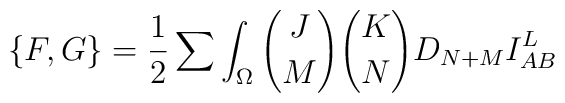
\{ F,G \} ={1 \over 2}\sum\int_{\Omega} {J \choose M}{K \choose N}D_{N+M}I_{AB}^L